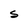
Character: S